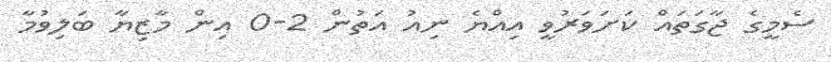
ސެމީގެ ޖާގަތައް ކަށަވަރުވީ އިއްޔެ ނިއު އަތުން 2-0 އިން މާޒިޔާ ބަލިވުމާ